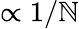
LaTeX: \propto1/\mathbb{N}